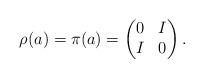
LaTeX: \begin{align*}\rho(a)=\pi(a)=\left(\begin{matrix} 0 & I\\ I & 0 \end{matrix}\right).\end{align*}